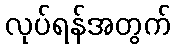
လုပ်ရန်အတွက်